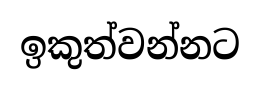
ඉකුත්වන්නට